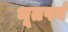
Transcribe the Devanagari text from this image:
भूतपर्व